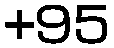
+95